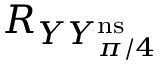
R _ { Y Y _ { \pi / 4 } ^ { \mathrm { n s } } }